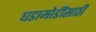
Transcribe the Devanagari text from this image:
घडामोडींसाठी